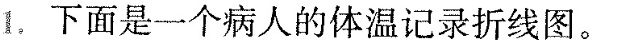
1.下面是一个病人的体温记录折线图。